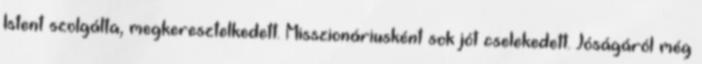
Istent szolgálta, megkeresztelkedett. Misszionáriusként sok jót cselekedett. Jóságáról még